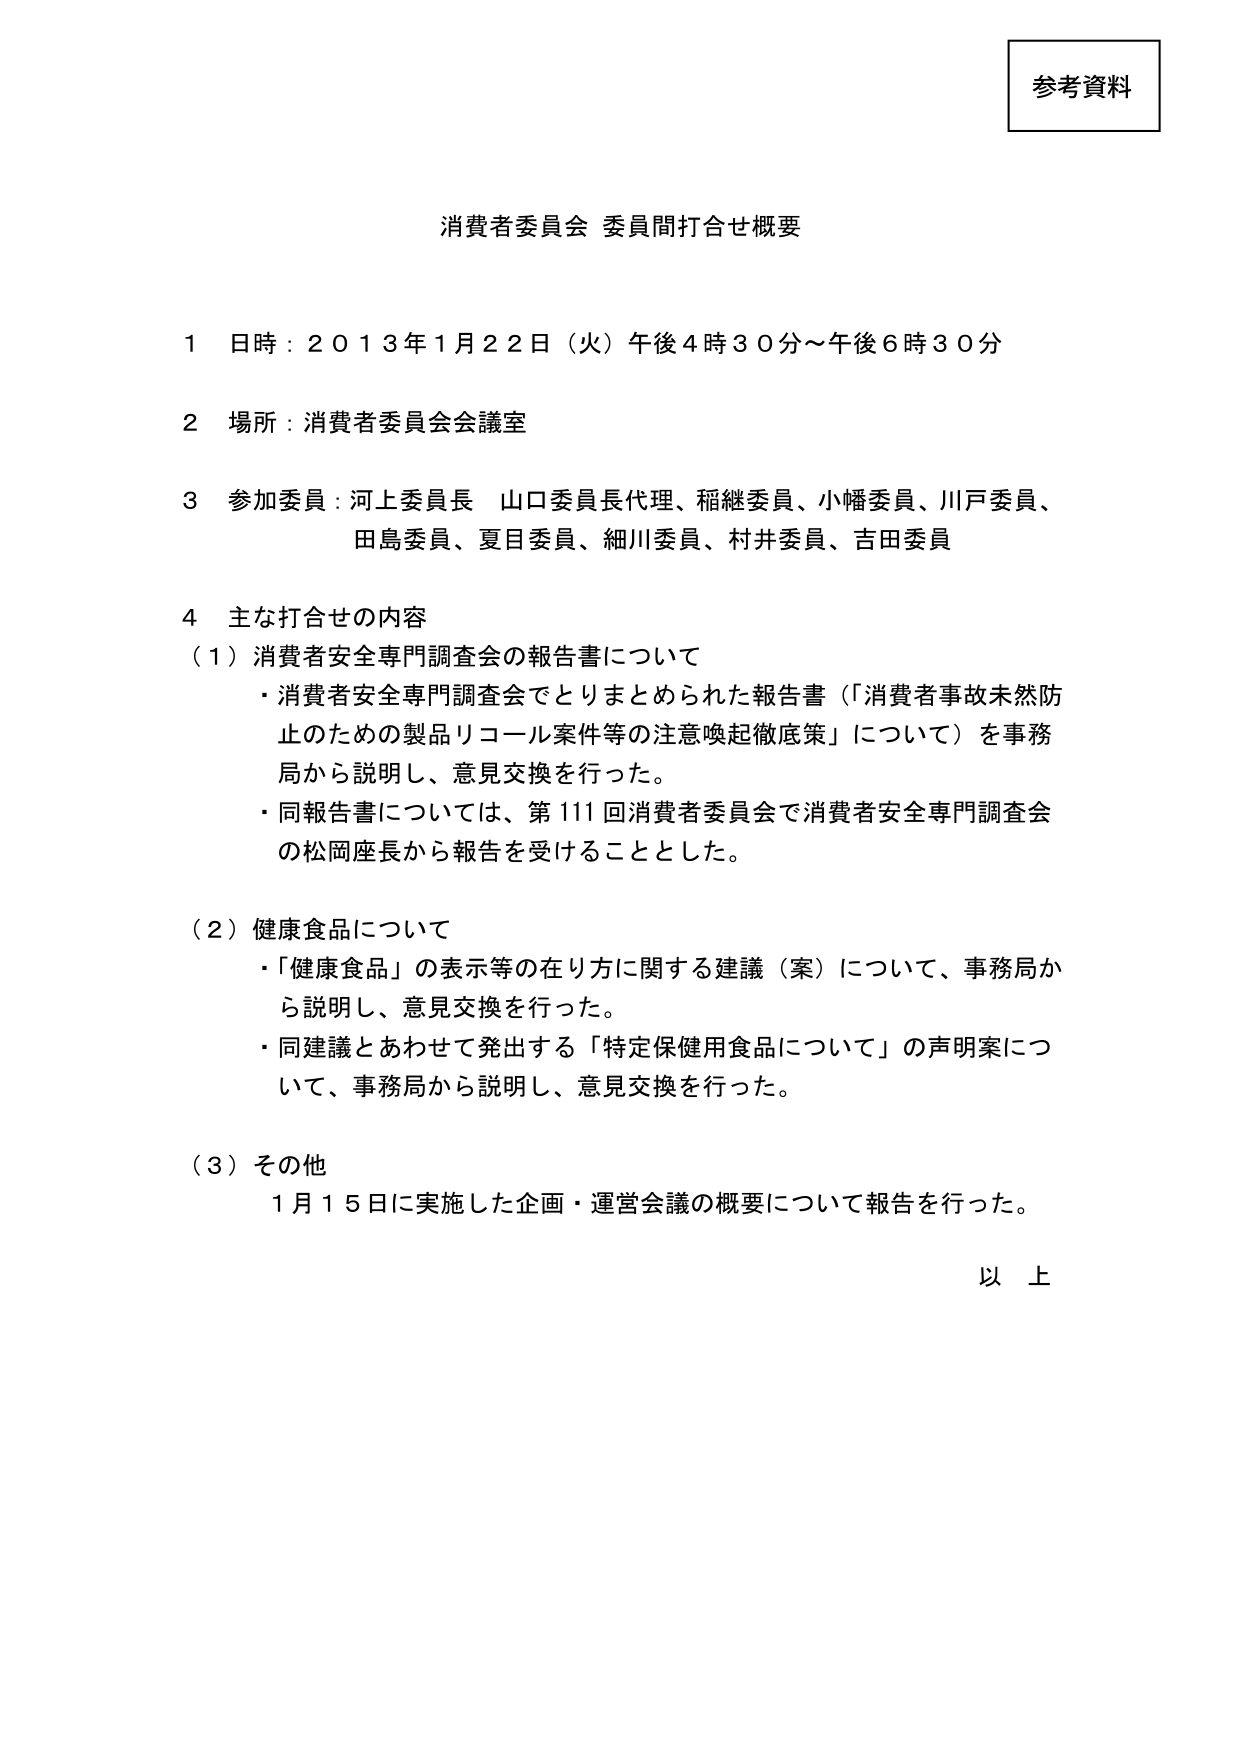
参考資料

消費者委員会 委員間打合せ概要

１ 日時：２０１３年１月２２日（火）午後４時３０分～午後６時３０分

２ 場所：消費者委員会会議室

３ 参加委員：河上委員長 山口委員長代理、稲継委員、小幡委員、川戸委員、
　　　　　田島委員、夏目委員、細川委員、村井委員、吉田委員

４ 主な打合せの内容
（１）消費者安全専門調査会の報告書について
　・消費者安全専門調査会でとりまとめられた報告書（「消費者事故未然防止のための製品リコール案件等の注意喚起徹底策」について）を事務局から説明し、意見交換を行った。
　・同報告書については、第111回消費者委員会で消費者安全専門調査会の松岡座長から報告を受けることとした。

（２）健康食品について
　・「健康食品」の表示等の在り方に関する建議（案）について、事務局から説明し、意見交換を行った。
　・同建議とあわせて発出する「特定保健用食品について」の声明案について、事務局から説明し、意見交換を行った。

（３）その他
　１月１５日に実施した企画・運営会議の概要について報告を行った。

以上